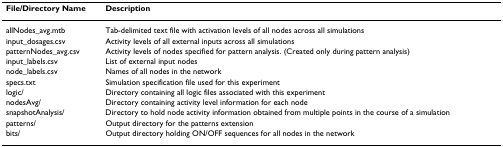
| File/Directory Name | Description |
 | --- | --- |
 | allNodes_avg.mtb | Tab-delimited text file with activation levels of all nodes across all simulations |
 | input_dosages.csv | Activity levels of all external inputs across all simulations |
 | patternNodes_avg.csv | Activity levels of nodes specified for pattern analysis. (Created only during pattern analysis) |
 | input_labels.csv | List of external input nodes |
 | node_labels.csv | Names of all nodes in the network |
 | specs.txt | Simulation specification file used for this experiment |
 | logic/ | Directory containing all logic files associated with this experiment |
 | nodesAvg/ | Directory containing activity level information for each node |
 | snapshotAnalysis/ | Directory to hold node activity information obtained from multiple points in the course of a simulation |
 | patterns/ | Output directory for the patterns extension |
 | bits/ | Output directory holding ON/OFF sequences for all nodes in the network |